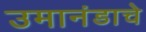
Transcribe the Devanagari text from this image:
उमानंडाचे